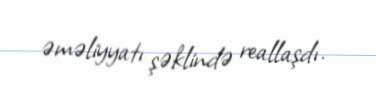
əməliyyatı şəklində reallaşdı.